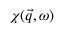
\chi ( \vec { q } , \omega )